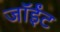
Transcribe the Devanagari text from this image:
जॉईंट